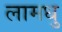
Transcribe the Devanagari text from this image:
लामधु